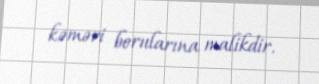
kəməri borularına malikdir.